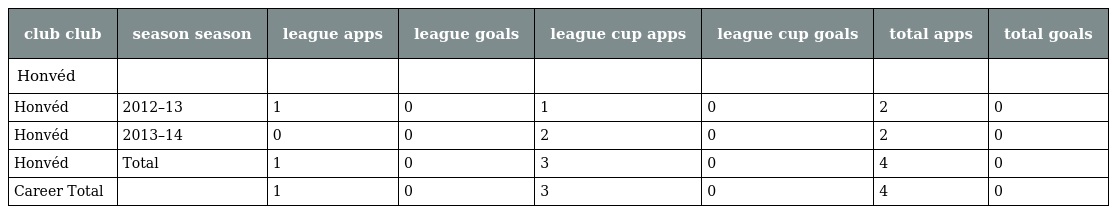
| club club | season season | league apps | league goals | league cup apps | league cup goals | total apps | total goals |
 | --- | --- | --- | --- | --- | --- | --- | --- |
 | Honvéd |  |  |  |  |  |  |  |
 | Honvéd | 2012–13 | 1 | 0 | 1 | 0 | 2 | 0 |
 | Honvéd | 2013–14 | 0 | 0 | 2 | 0 | 2 | 0 |
 | Honvéd | Total | 1 | 0 | 3 | 0 | 4 | 0 |
 | Career Total |  | 1 | 0 | 3 | 0 | 4 | 0 |